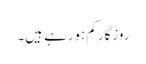
روزگار کم ہورہے ہیں۔